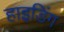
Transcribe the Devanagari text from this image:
हाइडिंग